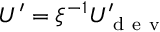
U ^ { \prime } = \xi ^ { - 1 } U _ { \mathrm { ~ d ~ e ~ v ~ } } ^ { \prime }